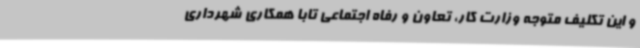
و این تکلیف متوجه وزارت کار، تعاون و رفاه اجتماعی تابا همکاری شهرداری